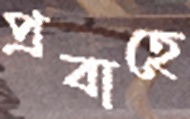
প্রবাহে